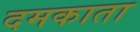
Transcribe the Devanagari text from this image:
दमकाता